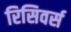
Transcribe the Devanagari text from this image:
रिसिवर्स